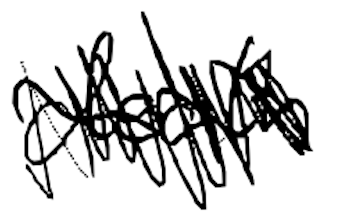
Text: death
Cross-out: scratch
Writing tool: digital_black